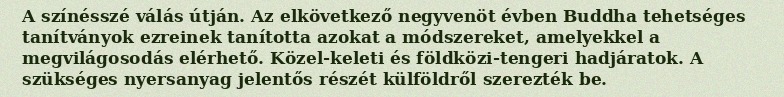
A színésszé válás útján. Az elkövetkező negyvenöt évben Buddha tehetséges tanítványok ezreinek tanította azokat a módszereket, amelyekkel a megvilágosodás elérhető. Közel-keleti és földközi-tengeri hadjáratok. A szükséges nyersanyag jelentős részét külföldről szerezték be.